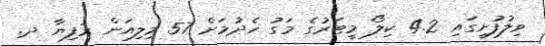
ވިލުފުށީގައި 4.2 ކިލޯ މީޓަރުގެ މަގު ހެދުމަށް 57 މިލިއަން ރުފިޔާ ދ.